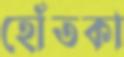
হোঁতকা